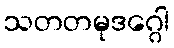
သတတမုဒဂ္ဂေါ